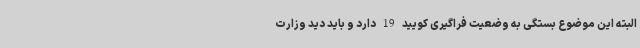
البته این موضوع بستگی به وضعیت فراگیری کویید 19 دارد و باید دید وزارت